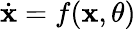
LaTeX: \dot{\mathbf{x}}=f(\mathbf{x},\theta)